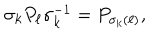
LaTeX: \sigma _ { k } P _ { \ell } \sigma _ { k } ^ { - 1 } = P _ { \sigma _ { k } ( \ell ) } ,